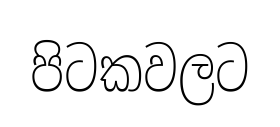
පිටකවලට